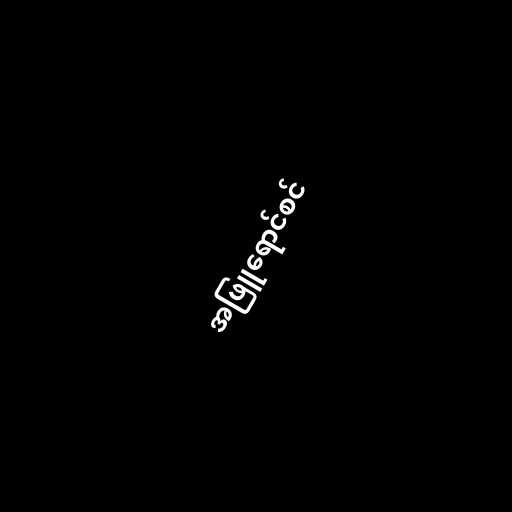
အဖြူရောင်စင်